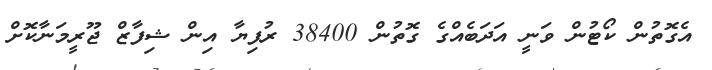
އެގޮތުން ކޯޓުން ވަނީ އަދަބެއްގެ ގޮތުން 38400 ރުފިޔާ އިން ޝިފާޒް ޖޫރީމަނާކޮށް